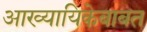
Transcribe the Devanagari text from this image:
आख्यायिकेबाबत